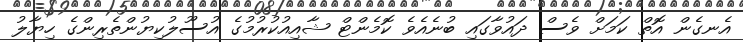
އެނގެން އޮތް ކަމަށް ވެސް ދައުވާގައި ބުނެއެވެ ކޮމެންޓް ޝާއިއުކުރުމުގެ އުސޫލުކިޔުންތެރިންގެ ހިޔާލު